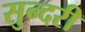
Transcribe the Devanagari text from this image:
सुन्‍दरी